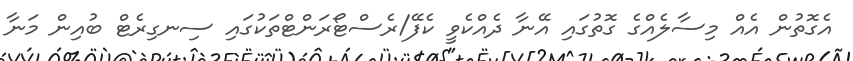
އެގޮތުން އެއް މިސާލެއްގެ ގޮތުގައި އޭނާ ދެއްކެވީ ކެފޭ/ރެސްޓޯރަންޓްތަކުގައި ސިނގިރެޓް ބުއިން މަނާ